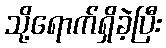
သို့ရောက်ရှိခဲ့ပြီး